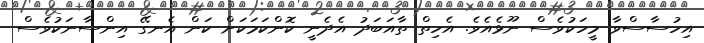
އިހުސާސްވާ މީހަކުވެސް ނޫޅެއެވެ. އެހިތް ތާއަބަދު އެދެނީ ކޮންކަމަކަށް ކަން އެނގޭ އިންސާނަކުވެސް